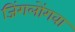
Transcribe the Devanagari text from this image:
जिंगलोंगवा